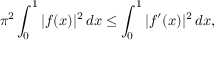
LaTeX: \pi ^ { 2 } \int _ { 0 } ^ { 1 } | f ( x ) | ^ { 2 } \, d x \leq \int _ { 0 } ^ { 1 } | f ^ { \prime } ( x ) | ^ { 2 } \, d x ,